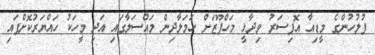
ފުލުހުންގެ މީޑިއާ އޮފިސަރު ވިދާޅީ މަހްފޫޒަށް ހަމަލާދިން މައްސަލާގައި އަދި މީހަކު ހައްޔަރުކޮށްފައި